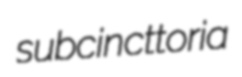
subcincttoria